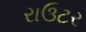
રાઉટર